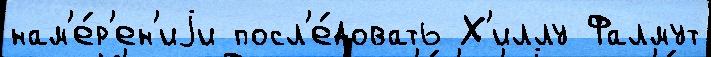
нам'е́р'ен'иjи посл'е́довать Х'иллу Фалмут